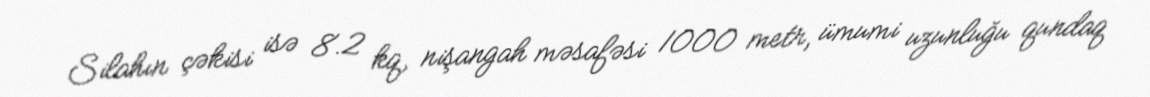
Silahın çəkisi isə 8.2 kq, nişangah məsafəsi 1000 metr, ümumi uzunluğu qundaq